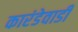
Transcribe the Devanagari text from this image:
कारंडेवाडी